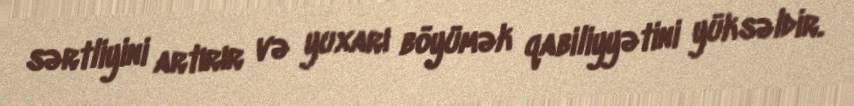
sərtliyini artırır və yuxarı böyümək qabiliyyətini yüksəldir.